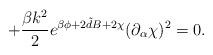
LaTeX: \begin{align*}+\frac{\beta k ^{2}}{2}e^{\beta \phi +2{\tilde d}B+2\chi}(\partial _{\alpha}\chi)^{2} =0. \end{align*}